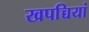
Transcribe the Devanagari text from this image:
खपच्चियां